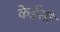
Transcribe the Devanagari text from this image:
केईसी